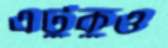
এটুকুও